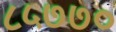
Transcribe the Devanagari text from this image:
८५७७०